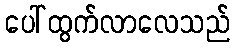
ပေါ်ထွက်လာလေသည်